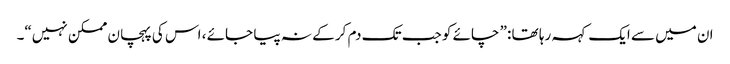
ان میں سے ایک کہہ رہا تھا :” چائے کو جب تک دم کر کے نہ پیا جائے ، اس کی پہچان ممکن نہیں“۔